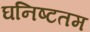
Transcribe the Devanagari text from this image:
घनिष्टतम